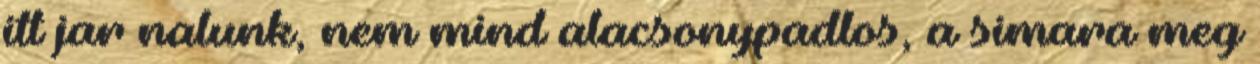
itt jar nalunk, nem mind alacsonypadlos, a simara meg